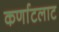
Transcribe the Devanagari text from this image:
कर्णाटलाट